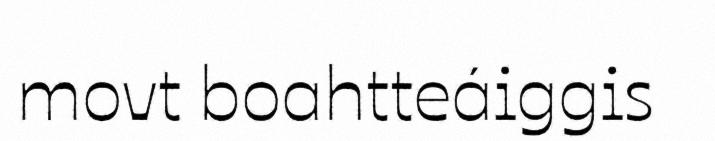
movt boahtteáiggis